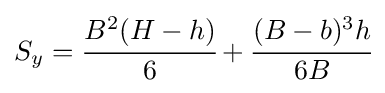
S_{y}={\cfrac {B^{2}(H-h)}{6}}+{\cfrac {(B-b)^{3}h}{6B}}